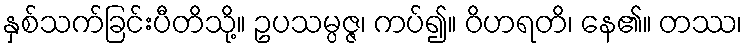
နှစ်သက်ခြင်းပီတိသို့။ ဥပသမ္ပဇ္ဇ၊ ကပ်၍။ ဝိဟရတိ၊ နေ၏။ တဿ၊